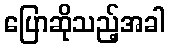
ပြောဆိုသည့်အခါ